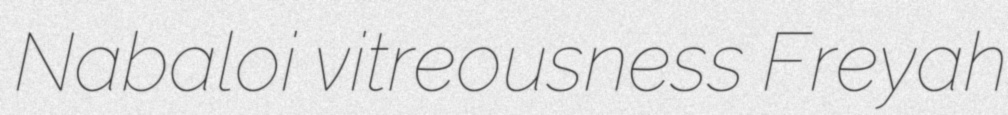
Nabaloi vitreousness Freyah